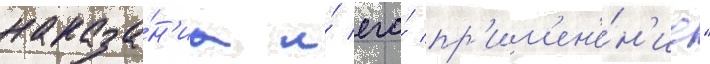
наказа́н'иа и́ его́ пр'им'ен'е́н'ие"